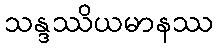
သန္ဒဿိယမာနဿ